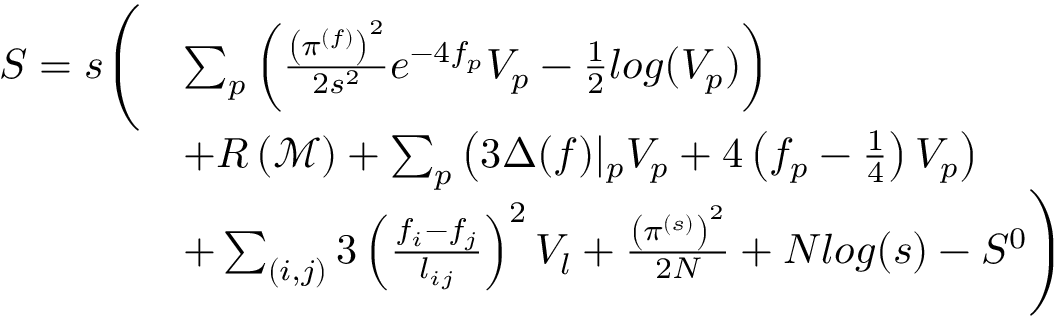
\begin{array} { r l } { S = s \Bigg ( } & { \sum _ { p } \left( \frac { \left( \pi ^ { ( f ) } \right) ^ { 2 } } { 2 s ^ { 2 } } e ^ { - 4 f _ { p } } V _ { p } - \frac { 1 } { 2 } l o g ( V _ { p } ) \right) } \\ & { + R \left( \mathcal { M } \right) + \sum _ { p } \left( 3 \Delta ( f ) \vert _ { p } V _ { p } + 4 \left( f _ { p } - \frac { 1 } { 4 } \right) V _ { p } \right) } \\ & { + \sum _ { ( i , j ) } 3 \left( \frac { f _ { i } - f _ { j } } { l _ { i j } } \right) ^ { 2 } V _ { l } + \frac { \left( \pi ^ { ( s ) } \right) ^ { 2 } } { 2 N } + N l o g ( s ) - S ^ { 0 } \Bigg ) } \end{array}